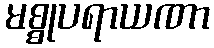
မစ္စုပရာယဏာ